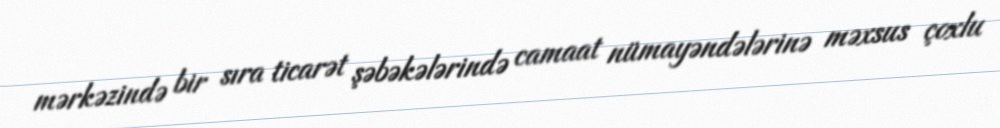
mərkəzində bir sıra ticarət şəbəkələrində camaat nümayəndələrinə məxsus çoxlu